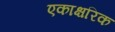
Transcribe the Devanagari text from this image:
एकाक्षरिक